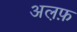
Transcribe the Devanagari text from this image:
अल़फ़